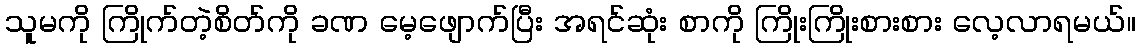
သူမကို ကြိုက်တဲ့စိတ်ကို ခဏ မေ့ဖျောက်ပြီး အရင်ဆုံး စာကို ကြိုးကြိုးစားစား လေ့လာရမယ်။